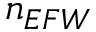
n _ { E F W }